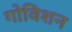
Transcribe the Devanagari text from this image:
गोविशन